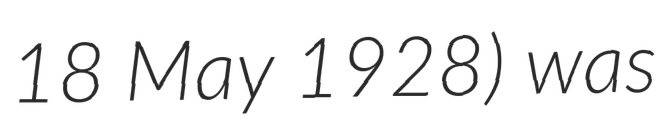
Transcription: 18 May 1928) was